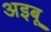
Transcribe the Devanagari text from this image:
अइबू